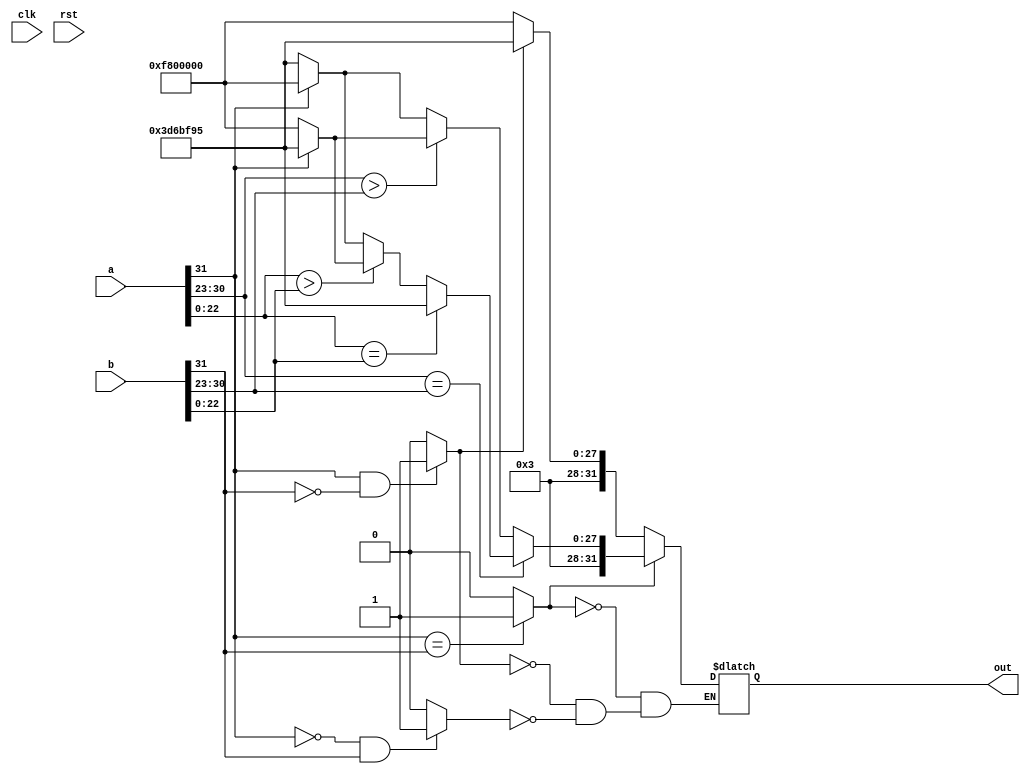
module compare(clk,rst,a,b,out);
input clk;
input rst;
input [31:0] a;
input [31:0] b;
output [31:0] out; //(a > b) ? 3f800000 : 

reg [7:0] pow_a;
reg [7:0] pow_b;
reg [22:0] val_a;
reg [22:0] val_b;
reg flag_a;
reg flag_b;
reg flag_same,flag_big,flag_small;
reg [31:0] out_reg;

always @(*) begin
	pow_a = a[30:23];
	pow_b = b[30:23];
	val_a = a[22:0];
	val_b = b[22:0];
	flag_a = a[31];
	flag_b = b[31];
	flag_same = (flag_a == flag_b ) ? 1'b1 : 1'b0;
	flag_big = ((flag_a == 1'b0 )&(flag_b == 1'b1)) ? 1'b1 : 1'b0;
	flag_small = ((flag_a == 1'b1 )&(flag_b == 1'b0)) ? 1'b1 : 1'b0;
	if (flag_big) out_reg = 32'h3f800000;
	if (flag_small) out_reg = 32'h33d6bf95;
	if (flag_same) begin
	
	if (pow_a == pow_b) begin
	if (val_a == val_b) out_reg = 32'h33d6bf95;
	else if(val_a > val_b) begin
		out_reg = flag_a ? 32'h33d6bf95 : 32'h3f800000;
	end
	else begin
		out_reg = flag_a ? 32'h3f800000 : 32'h33d6bf95;
	end
	end
	
	else if(pow_a > pow_b) begin
		out_reg = flag_a ? 32'h33d6bf95 : 32'h3f800000;
	end
	
	else begin
		out_reg = flag_a ? 32'h3f800000 : 32'h33d6bf95;
	end
	
	end
end

assign out = out_reg;
endmodule